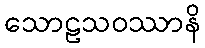
သောဠသဝဿာနိ